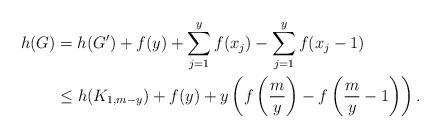
\begin{align*} h(G)&=h(G')+f(y)+\sum_{j=1}^y f(x_j) -\sum_{j=1}^y f(x_j-1) \\ &\le h(K_{1,m-y}) +f(y) + y\left( f\left( \frac{m}{y} \right) - f\left( \frac{m}{y}-1 \right) \right). \end{align*}